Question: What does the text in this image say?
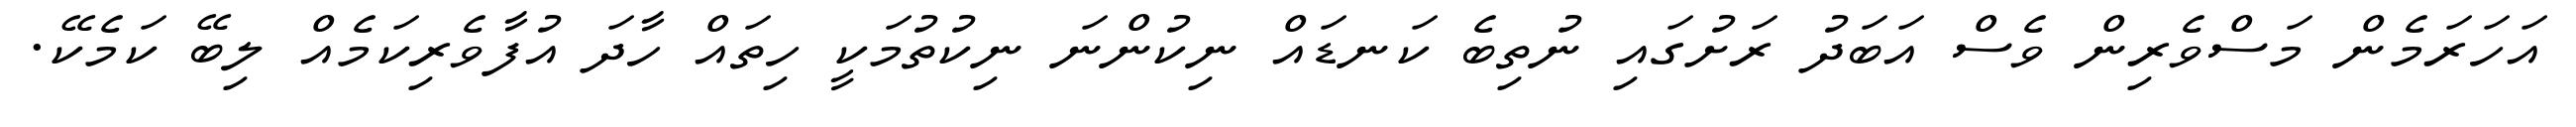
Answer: އަހަރަމެން މަސްވެރިން ވެސް އަބަދު ރަށުގައި ނުތިބެ ކަނޑައް ނިކުންނަ ނިކުތުމަކީ ހިތައް ހާދަ އުފާވެރިކަމެއް ލިބޭ ކަމެކޭ.